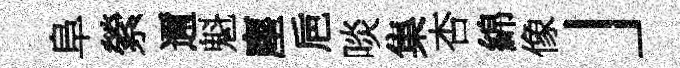
阜縈邇魁塵巵啖集杏綿像」